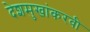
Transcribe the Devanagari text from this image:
देशमुखांकरवी